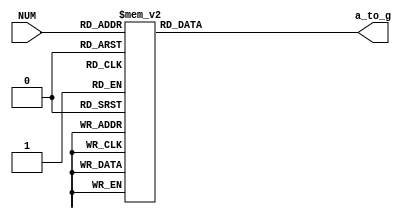
`timescale 1ns / 1ps
//////////////////////////////////////////////////////////////////////////////////
// Company: 
// Engineer: 
// 
// Design Name: 
// Module Name:    DigitalClock 
// Project Name: 
// Target Devices: 
// Tool versions: 
// Description: 
//
// Dependencies: 
//
// Revision: 
// Revision 0.01 - File Created
// Additional Comments: 
//
//////////////////////////////////////////////////////////////////////////////////

/*
 ------------------------------------------------------------------------------------------------
 | 
 ------------------------------------------------------------------------------------------------
*/
module clk_7segff_sub(
	input [3:0]NUM,
	output reg[6:0]a_to_g
	);
	
	always @(*)
	case(NUM)
		0:a_to_g=7'b0000001;
		1:a_to_g=7'b1001111;
		2:a_to_g=7'b0010010;
		3:a_to_g=7'b0000110;
		4:a_to_g=7'b1001100;
		5:a_to_g=7'b0100100;
		6:a_to_g=7'b0100000;
		7:a_to_g=7'b0001111;
		8:a_to_g=7'b0000000;
		9:a_to_g=7'b0000100;
		'hA: a_to_g=7'b0001000;
		'hB: a_to_g=7'b1100000;
		'hC: a_to_g=7'b0110001;
		'hD: a_to_g=7'b1000010;
		'hE: a_to_g=7'b0110000;
		'hF: a_to_g=7'b0111000;
		default: a_to_g=7'b0000001;
	endcase
	
endmodule

/*
 ------------------------------------------------------------------------------------------------
 | 
 ------------------------------------------------------------------------------------------------
*/

module DigitalClock_top(
	input [7:0]SW,
	input clk,
	input clr,			// Btn0 24
	input alarm,		// Btn1 
	input twelve,		// Btn2 12-24
	input shift,		// Btn3 1224
	output [7:0]led,
	output [3:0]an,
	output [6:0]a_to_g,
	output dp
	);
	
	reg [25:0] counter;						// 
	reg colon = 1;							// 
	reg colonOfSecond = 1;					// 
	reg [3:0] second_one = 0;           	// 
	reg [2:0] second_ten = 0;           	// 
	reg [3:0] minute_one = 0;				// 
	reg [3:0] minute_ten = 0;				// 
	reg [3:0] hour_one = 0;					// 
	reg [3:0] hour_ten = 0;					// 
	reg [3:0] alarm_minone = 0;				// 12
	reg [3:0] alarm_minten = 0;				//
	reg [3:0] alarm_hourone = 2;			//
	reg [3:0] alarm_hourten = 1; 			//
	wire [3:0] getalarm;					// 
	wire [1:0] s;							// 
	reg [1:0] m = 0;						// 
	reg [3:0] l = 0;						// led
	reg [3:0] NUM;							// 
	reg [1:0] shiftMode = 0;				// ,
	reg twelveMode = 0;						// 12-24112
	reg [1:0] alarmMode = 0;				// ,
	wire [3:0] timerr;
	reg shine = 0;
	// 
	assign s = counter[16:15];				// 
	assign an[0] = s[0]|s[1]|m[0];			// m
	assign an[1] = ~s[0]|s[1]|m[0];
	assign an[2] = s[0]|~s[1]|m[1];
	assign an[3] = ~s[0]|~s[1]|m[1];
	assign dp = colonOfSecond;
	assign led[6:4] = second_ten|l;			// lled
	assign led[3:0] = second_one|l;
	assign led[7] = shine;
	assign getalarm = alarm_minone^minute_one | alarm_hourone^hour_one | alarm_minten^minute_ten | alarm_hourten^hour_ten;	// 
   assign timerr = minute_ten^(4'b0000) |  minute_one^(4'b0000);
	// Btn1
	always @(posedge alarm) begin
		alarmMode = alarmMode + 1;
		if(alarmMode==3) alarmMode = alarmMode + 1; // 
	end
	// Btn2
	always @(posedge twelve)
		twelveMode = twelveMode + 1;
	// Btn3
	always @(posedge shift)
		shiftMode = shiftMode + 1;

	always @(posedge clk) begin
		counter = counter + 1;
		/*
	 	 * 
	 	 */
		if(clr==1) begin
			counter = 0;
			second_one = 0;
			second_ten = 0;
			minute_one = 0;
			minute_ten = 0;
			hour_one = 0;
			hour_ten = 0;
			alarm_minone = 0;
			alarm_minten = 0;
			alarm_hourone = 2;	// 12
			alarm_hourten = 1;
			m=0;
			l=0;
		end
      
		/**/
		if(!shiftMode) begin
			m=0;	// LED
			l=0;
			if(counter>50000000) begin//1 							// 
				counter = 0;										// 0.
				colon = colon + 1;									// 1.,2s
				second_one = second_one + 1;						// 2.+1
				if(second_one==10) begin//2
					second_one = 0;
					second_ten = second_ten + 1;
					if(second_ten==6) begin//3
						second_ten = 0;
						minute_one = minute_one + 1;				// 3.
						if(minute_one==10) begin//4
							minute_one = 0;
							minute_ten = minute_ten + 1;
							if(minute_ten==6) begin//5
								minute_ten = 0;
								hour_one = hour_one + 1;			// 4.
								if(hour_one==10) begin 				
									hour_one = 0;
									hour_ten = hour_ten + 1;
								end
								else if(hour_one==4) begin
									if(hour_ten==2) begin
									hour_one = 0;					//5.
									hour_ten = 0;
									end
								end 
							end//5
						end//4
					end//3
				end//2
			end//1
			if(!alarmMode) begin
			// 
			if(s==2) colonOfSecond = colon;
			else colonOfSecond = 1;
			// 
			if(getalarm==0) begin
				 case(colon)
			       1:m[1:0] = 2'b11;
			       0:m[1:0] = 2'b00;
			    endcase
				 if(!colon) begin	// 24 hour
					case(s) 
						3:NUM = hour_ten;
						2:NUM = hour_one;
						1:NUM = minute_ten;
						0:NUM = minute_one;
					endcase
				 end
			end
			else begin
	 	 		if(!twelveMode) begin	// 24 hour
					case(s) 
						3:NUM = hour_ten;
						2:NUM = hour_one;
						1:NUM = minute_ten;
						0:NUM = minute_one;
					endcase
				end
				else begin			// 12 hour
					case(s) 
						3: 	if(hour_ten==1) begin
								if(hour_one<3) NUM = hour_ten;
								else NUM = hour_ten - 1; 
							end
							else begin
								if(hour_ten==0) NUM = hour_ten; 
								else begin
									if(hour_ten==2) 
										if(hour_one==0) NUM = 4'b0000;
										else if(hour_ten==2) 
											if(hour_one==1) NUM = 4'b0000;
											else NUM = 1;
								end
							end
						2: 	if(hour_ten==1)
								if(hour_one<3) NUM = hour_one;
								else NUM = hour_one - 2; 
							else begin
								if(hour_ten==0) NUM = hour_one; 
								else begin
									if(hour_ten==2) 
										if(hour_one==0) NUM = 4'b1000;
										else if(hour_ten==2) 
											if(hour_one==1) NUM = 4'b1001;
											else NUM = hour_one - 2;
								end
							end
						1:	NUM = minute_ten;
						0:	NUM = minute_one;
					endcase
				end
			end
		end
		end
		
		/**/
		if(timerr==0) begin
			case(colon)
			1: shine = 1;
			0: shine = 0;
			endcase
		   end
		if(timerr!=0) shine = 0;
		
		/*
		 * 
		 */ 
	 	// led
	 	if(alarmMode==0) begin
		if(shiftMode==1) begin
			m[1:0] = 2'b11;	// 
			l = 4'b0000;	// LED
			if(SW[6:4]>5) second_ten = 0; else second_ten = SW[6:4];
			if(SW[3:0]>9) second_one[3:0] = 0; else second_one[3:0] = SW[3:0];
		end
		end
	 	// 
	 	if(alarmMode==0) begin
		if(shiftMode==2) begin
			l = 4'b1111;		// LED
			m[1:0] = 2'b10;		// 
			// 
			case(counter[15]) 
				1: if(SW[7:4]<6) NUM = SW[7:4]; else NUM = 0;
				0: if(SW[3:0]<10) NUM = SW[3:0]; else NUM = 0;
			endcase
			// 
			if(SW[7:4]<6) minute_ten = SW[7:4]; else minute_ten = 0;
			if(SW[3:0]<10) minute_one = SW[3:0]; else minute_one = 0;
		end
		end
	 	// 
	 	if(alarmMode==0) begin
		if(shiftMode==3) begin
			l = 4'b1111;		// LED
			m[1:0] = 2'b01;		// 
			// ,
			case(counter[15]) 
				1: if(SW[7:4]<3) NUM = SW[7:4]; else NUM = 0;
				0: if(SW[7:4]==2) 
						if(SW[3:0]<4) NUM = SW[3:0]; else NUM = 0;
					else 
						if(SW[3:0]<10) NUM = SW[3:0]; else NUM = 0;
			endcase
			// ,
			if(SW[7:4]<3) hour_ten = SW[7:4]; else hour_ten = 0;
			if(SW[7:4]==2) 
				if(SW[3:0]<4) hour_one = SW[3:0]; else hour_one = 0;
			else 
				if(SW[3:0]<10) hour_one = SW[3:0]; else hour_one = 0;
		end
		end
		/*
		 * 
		 */ 
		// 
		if(shiftMode==0) begin
		if(alarmMode==1) begin
			l = 4'b1111;
			m[1:0] = 2'b10;
			case(counter[15]) 
				1: if(SW[7:4]<6) NUM = SW[7:4]; else NUM = 0;
				0: if(SW[3:0]<10) NUM = SW[3:0]; else NUM = 0;
			endcase
			if(SW[7:4]<6) alarm_minten = SW[7:4]; else alarm_minten = 0;
			if(SW[3:0]<10) alarm_minone = SW[3:0]; else alarm_minone = 0;
		end
		end
	 	// 	
		if(shiftMode==0) begin
		if(alarmMode==2) begin
			l = 4'b1111;
			m[1:0] = 2'b01;
			case(counter[15]) 
				1: if(SW[7:4]<3) NUM = SW[7:4]; else NUM = 0;
				0: if(SW[7:4]==2) 
						if(SW[3:0]<4) NUM = SW[3:0]; else NUM = 0;
					else 
						if(SW[3:0]<10) NUM = SW[3:0]; else NUM = 0;
			endcase
			if(SW[7:4]<3) alarm_hourten = SW[7:4]; else alarm_hourten = 0;
			if(SW[7:4]==2) 
				if(SW[3:0]<4) alarm_hourone = SW[3:0]; else alarm_hourone = 0;
			else 
				if(SW[3:0]<10) alarm_hourone = SW[3:0]; else alarm_hourone = 0;
		end
		end
	end
		
	clk_7segff_sub A1(.NUM(NUM),.a_to_g(a_to_g));
	

endmodule